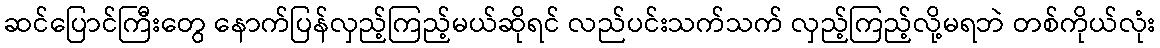
ဆင်ပြောင်ကြီးတွေ နောက်ပြန်လှည့်ကြည့်မယ်ဆိုရင် လည်ပင်းသက်သက် လှည့်ကြည့်လို့မရဘဲ တစ်ကိုယ်လုံး